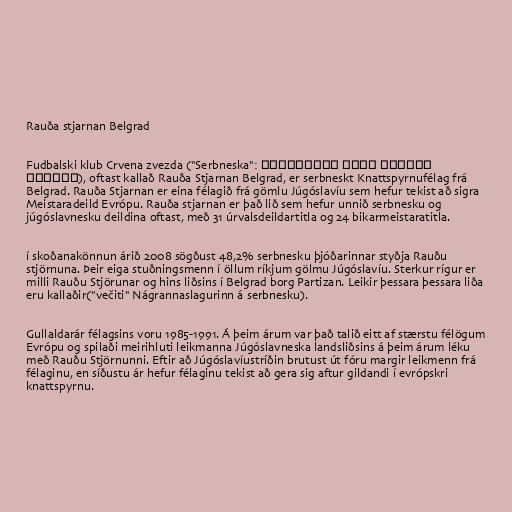
Rauða stjarnan Belgrad

Fudbalski klub Crvena zvezda ("Serbneska": Фудбалски клуб Црвена
звезда), oftast kallað Rauða Stjarnan Belgrad, er serbneskt Knattspyrnufélag frá
Belgrad. Rauða Stjarnan er eina félagið frá gömlu Júgóslavíu sem hefur tekist að sigra
Meistaradeild Evrópu. Rauða stjarnan er það lið sem hefur unnið serbnesku og
júgóslavnesku deildina oftast, með 31 úrvalsdeildartitla og 24 bikarmeistaratitla.

í skoðanakönnun árið 2008 sögðust 48,2% serbnesku þjóðarinnar styðja Rauðu
stjörnuna. Þeir eiga stuðningsmenn í öllum ríkjum gölmu Júgóslavíu. Sterkur rígur er
milli Rauðu Stjörunar og hins liðsins í Belgrad borg Partizan. Leikir þessara þessara liða
eru kallaðir("večiti" Nágrannaslagurinn á serbnesku).

Gullaldarár félagsins voru 1985-1991. Á þeim árum var það talið eitt af stærstu félögum
Evrópu og spilaði meirihluti leikmanna Júgóslavneska landsliðsins á þeim árum léku
með Rauðu Stjörnunni. Eftir að Júgóslavíustríðin brutust út fóru margir leikmenn frá
félaginu, en síðustu ár hefur félaginu tekist að gera sig aftur gildandi í evrópskri
knattspyrnu.